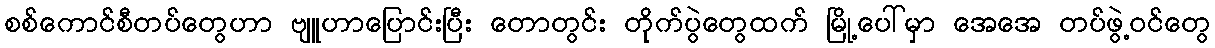
စစ်ကောင်စီတပ်တွေဟာ ဗျူဟာပြောင်းပြီး တောတွင်း တိုက်ပွဲတွေထက် မြို့ပေါ်မှာ အေအေ တပ်ဖွဲ့ဝင်တွေ